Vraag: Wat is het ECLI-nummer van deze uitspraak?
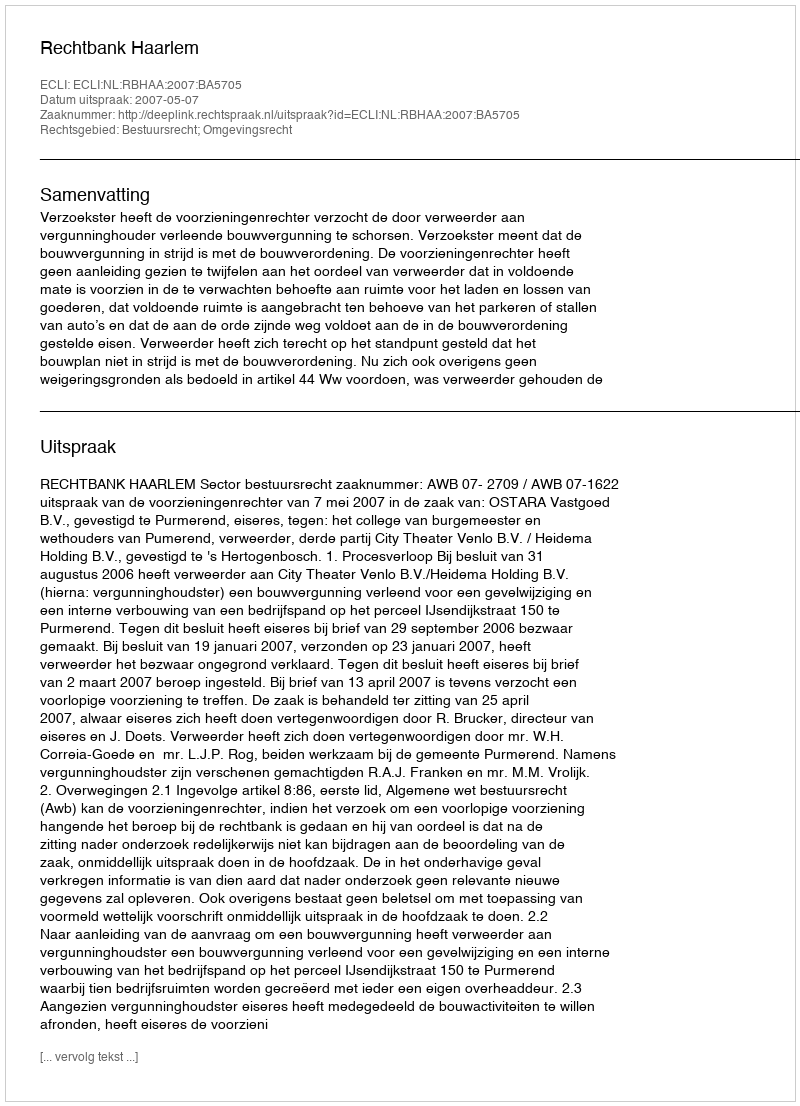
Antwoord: ECLI:NL:RBHAA:2007:BA5705